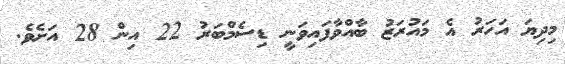
މިދިޔަ އަހަރު އެ މައުރަޒު ބާއްވާފައިވަނީ ޑިސެމްބަރު 22 އިން 28 އަށެވެ.